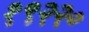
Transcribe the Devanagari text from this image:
१९२२०